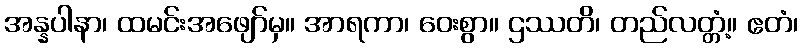
အန္နပါနာ၊ ထမင်းအဖျော်မှ။ အာရကာ၊ ဝေးစွာ။ ဌဿတိ၊ တည်လတ္တံ့။ ဧတံ၊